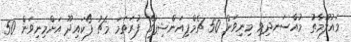
މައުލޫމާތު މުއްސަނދިވި މިނިވަން 50 ޗެމްޕިއަންޝިޕުގެ ފުރަތަމަ މެޗު ފޯކައިދޫ އަށްމިނިވަން 50